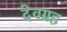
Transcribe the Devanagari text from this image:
देवग्रह